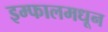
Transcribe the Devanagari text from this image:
इम्फालमधून